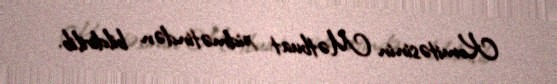
Komitəsinin Mətbuat xidmətindən bildirilib.